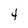
Character: 4